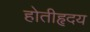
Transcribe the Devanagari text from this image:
होतीहृदय